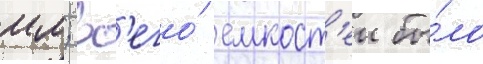
мм; вс'его́ емкост'еи бы́ло